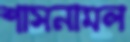
শাসনামল